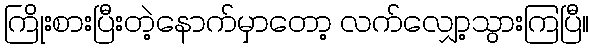
ကြိုးစားပြီးတဲ့နောက်မှာတော့ လက်လျှော့သွားကြပြီ။